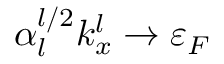
\alpha _ { l } ^ { l / 2 } k _ { x } ^ { l } \to \varepsilon _ { F }